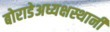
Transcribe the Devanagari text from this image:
बोराडेअध्यक्षस्थानी